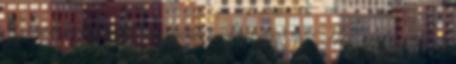
Szencen tartózkodott és bejárta a Felvidéket tól Herbornban tanult